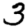
Digit: 3